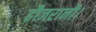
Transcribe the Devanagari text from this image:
हौजरानी।